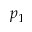
p _ { 1 }